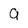
Character: 9